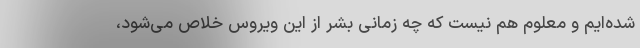
شده‌ایم و معلوم هم نیست که چه زمانی بشر از این ویروس خلاص می‌شود،